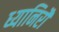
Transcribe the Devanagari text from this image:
ध्यानिरौ